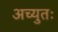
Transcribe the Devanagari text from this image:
अच्युतः